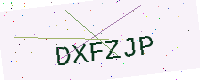
Text: DXFZJP